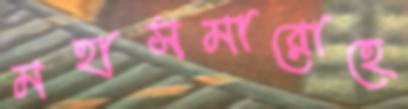
মহাসমারোহে